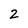
Character: 2